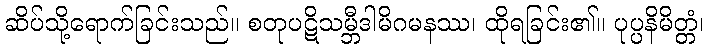
ဆိပ်သို့ရောက်ခြင်းသည်။ စတုပဋိသမ္ဘီဒါမိဂမနဿ၊ ထိုရခြင်း၏။ ပုပ္ပနိမိတ္တံ၊